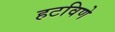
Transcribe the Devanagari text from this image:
हटविणे